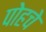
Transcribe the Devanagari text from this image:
पोहचे